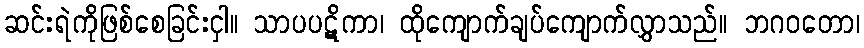
ဆင်းရဲကိုဖြစ်စေခြင်းငှါ။ သာပပဋိကာ၊ ထိုကျောက်ချပ်ကျောက်လွှာသည်။ ဘဂဝတော၊